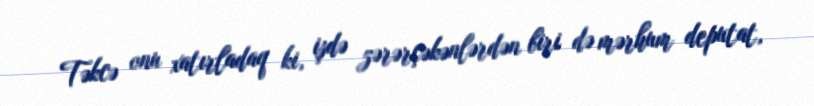
Təkcə onu xatırladaq ki, işdə zərərçəkənlərdən biri də mərhum deputat,